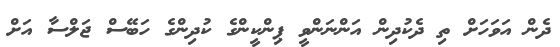
ދެން އަވަހަށް ތި ދެކުދިން އަންނަންވީ ޕިންކީންގެ ކުދިންގެ ހަބޭސް ޖަލްސާ އަށް